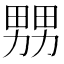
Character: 𤲶